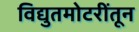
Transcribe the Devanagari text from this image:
विद्युतमोटरींतून